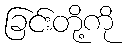
ခြင်းတို့ကို